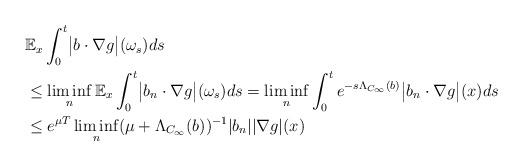
LaTeX: \begin{align*}& \mathbb E_x \int_0^t \bigl|b\cdot\nabla g \bigr|(\omega_s)ds \\& \leq \liminf_n \mathbb E_x \int_0^t \bigl|b_n\cdot\nabla g \bigr|(\omega_s)ds = \liminf_n \int_0^t e^{-s\Lambda_{C_\infty}(b)}\bigl|b_n\cdot\nabla g \bigr|(x)ds \\& \leq e^{\mu T} \liminf_n (\mu+\Lambda_{C_\infty}(b))^{-1}|b_n| |\nabla g|(x)\end{align*}